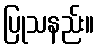
ပြုသနည်း။